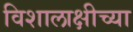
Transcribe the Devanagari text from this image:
विशालाक्षीच्या